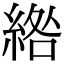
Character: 綹